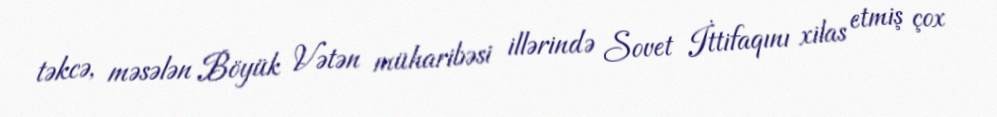
təkcə, məsələn Böyük Vətən müharibəsi illərində Sovet İttifaqını xilas etmiş çox